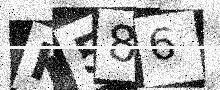
Text: K586